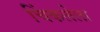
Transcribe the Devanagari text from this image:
चिंकलेला